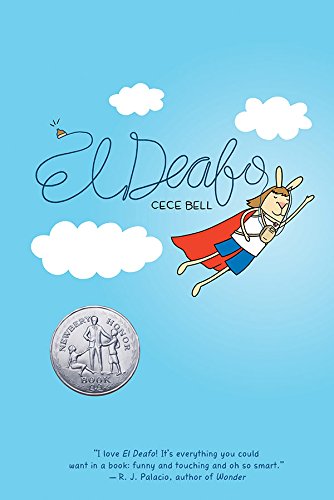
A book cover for El Deafo; Cece Bell; Children's Books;